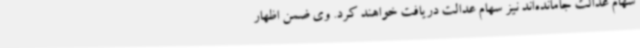
سهام عدالت جامانده‌اند نیز سهام عدالت دریافت خواهند کرد. وی ضمن اظهار